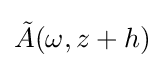
{\tilde {A}}(\omega ,z+h)